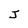
Character: J